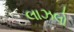
લાઝલો